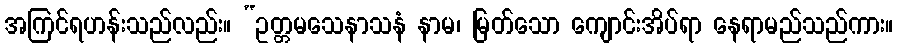
အကြင်ရဟန်းသည်လည်း။ “ဥတ္တမသေနာသနံ နာမ၊ မြတ်သော ကျောင်းအိပ်ရာ နေရာမည်သည်ကား။